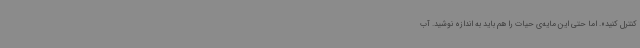
کنترل کنید». اما حتی این مایه‌ی حیات را هم باید به اندازه نوشید. آب